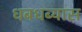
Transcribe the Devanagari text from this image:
धबधब्यास